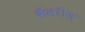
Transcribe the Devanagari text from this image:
कॅलरीज्‌